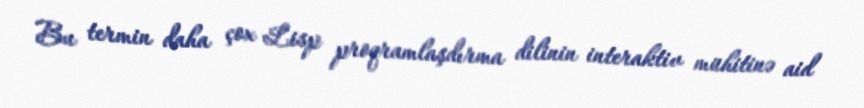
Bu termin daha çox Lisp proqramlaşdırma dilinin interaktiv mühitinə aid